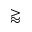
\gtrapprox